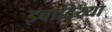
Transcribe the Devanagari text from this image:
इबादिय्या